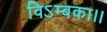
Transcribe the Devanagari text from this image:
विऽम्बका।।